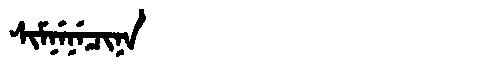
Manchu: ᠰᡳᠮᠨᡝᠨᡝᠴᡳᠨᠠ
Romanization: SIMNENECINA